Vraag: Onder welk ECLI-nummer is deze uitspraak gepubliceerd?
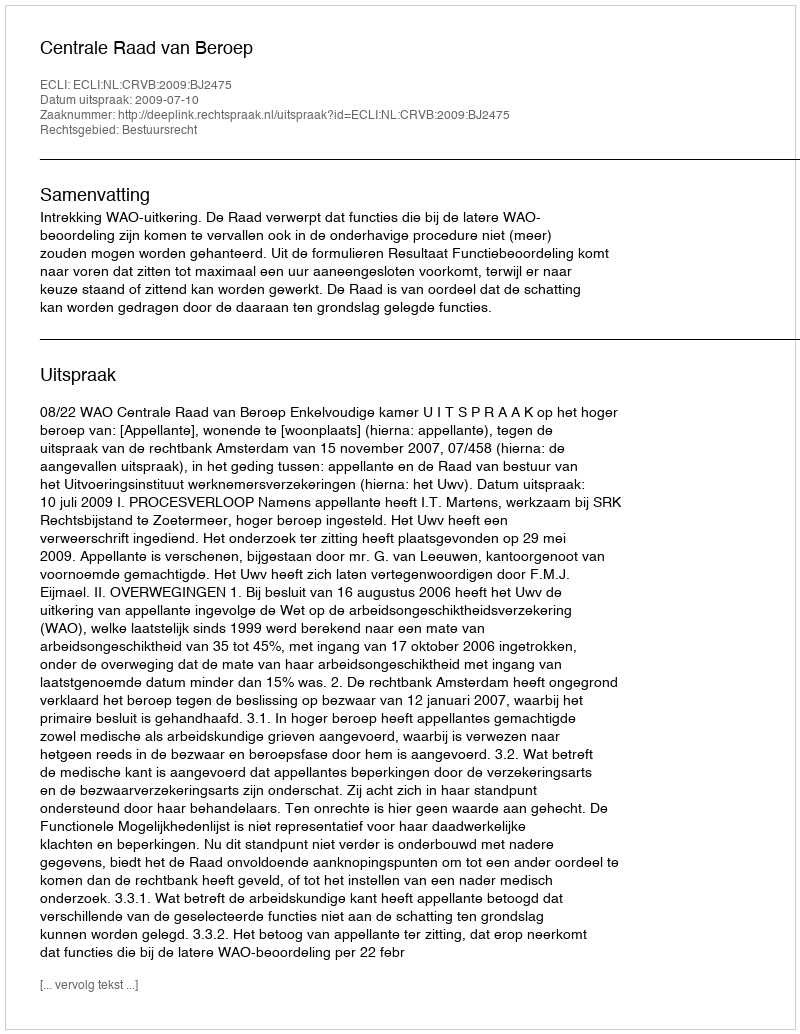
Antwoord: ECLI:NL:CRVB:2009:BJ2475